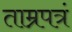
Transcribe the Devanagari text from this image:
ताम्रपत्रं